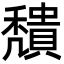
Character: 穨